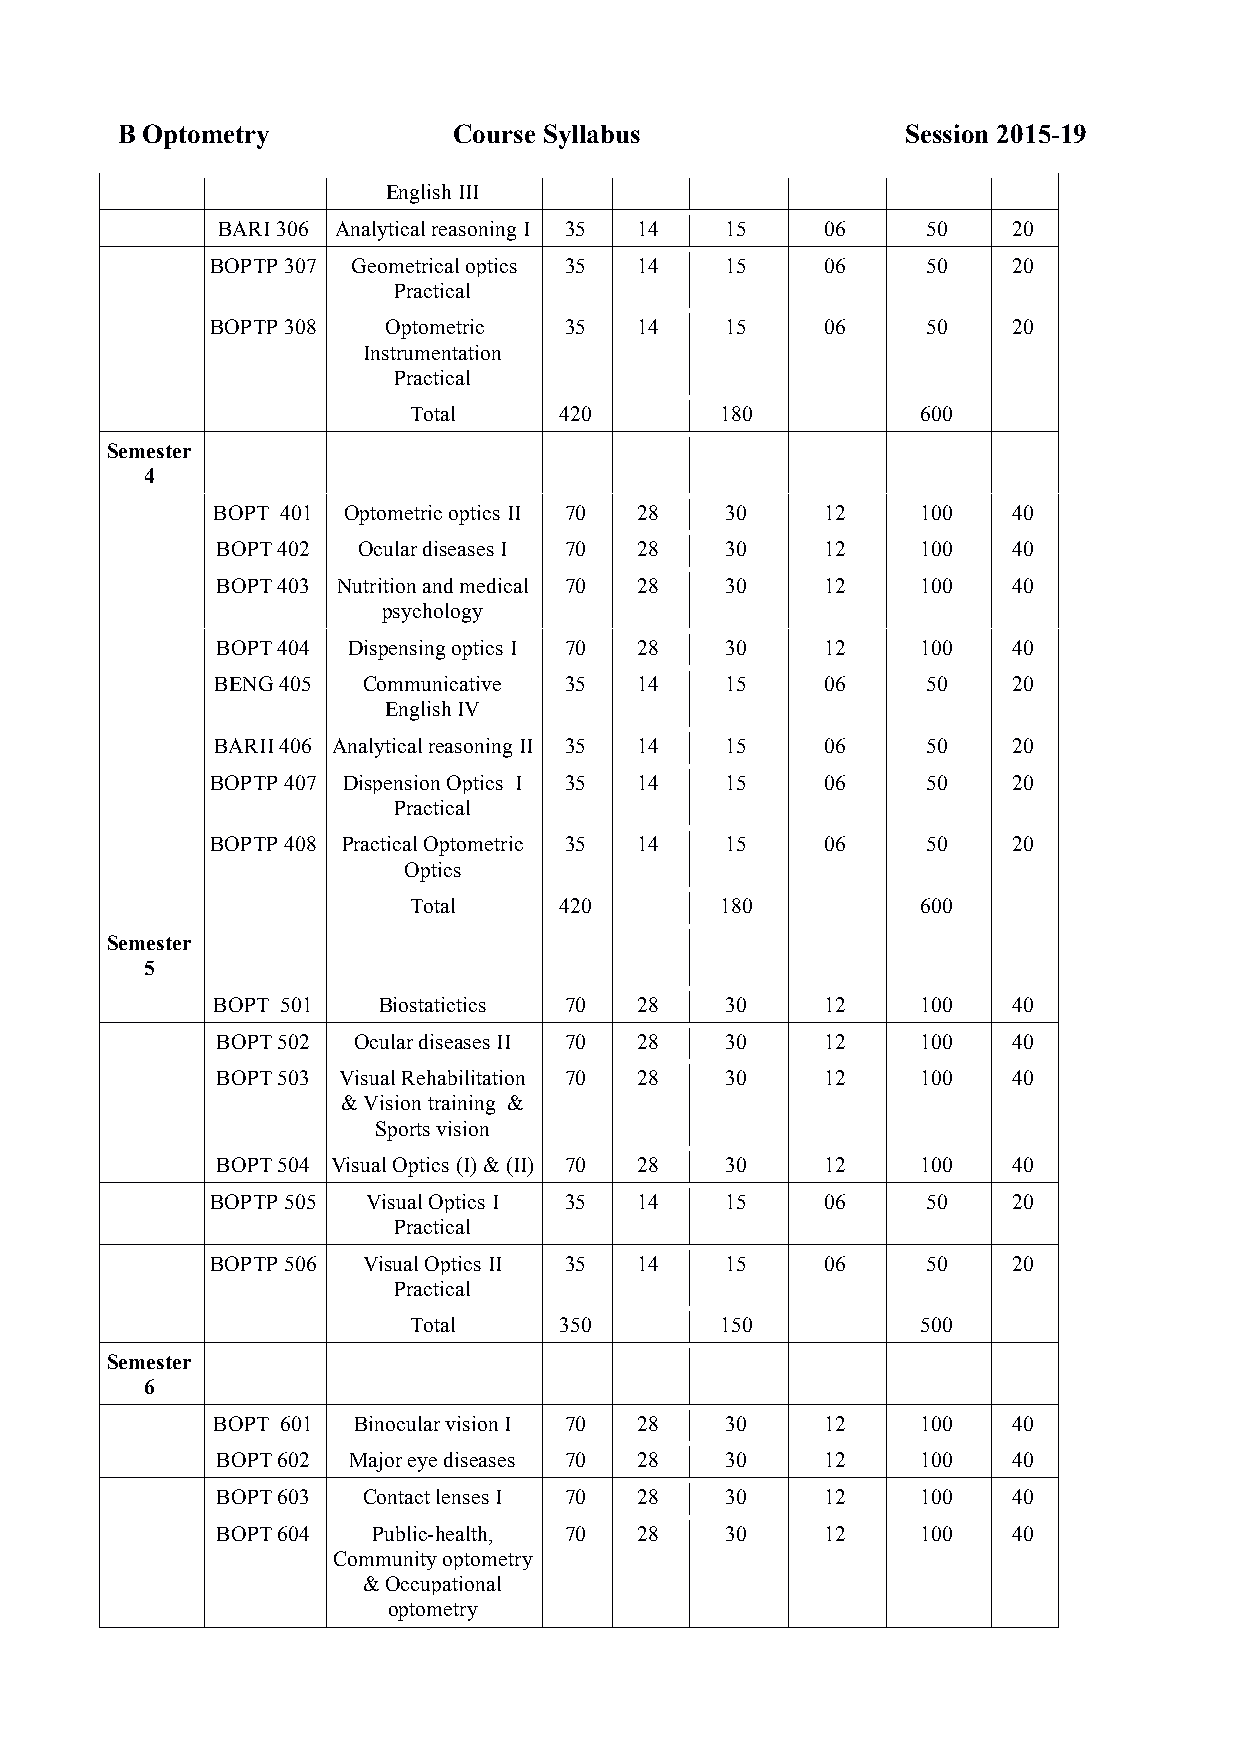
B Optometry           Course Syllabus               Session 2015-19
 English III
 BARI 306 Analytical reasoning I 35 14 15 06    50    20
 BOPTP 307 Geometrical optics 35 14 15    06    50    20
 Practical
 BOPTP 308   Optometric 35   14    15     06    50    20
 Instrumentation
 Practical
 Total     420        180          600
 Semester
 4
 BOPT 401 Optometric optics II 70 28 30   12    100   40
 BOPT 402  Ocular diseases I 70 28 30     12    100   40
 BOPT 403 Nutrition and medical 70 28 30  12    100   40
 psychology
 BOPT 404 Dispensing optics I 70 28 30    12    100   40
 BENG 405  Communicative 35  14    15     06    50    20
 English IV
 BARII 406 Analytical reasoning II 35 14 15 06  50    20
 BOPTP 407 Dispension Optics I 35 14 15   06    50    20
 Practical
 BOPTP 408 Practical Optometric 35 14 15  06    50    20
 Optics
 Total     420        180          600
 Semester
 5
 BOPT 501   Biostatictics 70 28    30     12    100   40
 BOPT 502 Ocular diseases II 70 28 30     12    100   40
 BOPT 503 Visual Rehabilitation 70 28 30  12    100   40
 & Vision training &
 Sports vision
 BOPT 504 Visual Optics (I) & (II) 70 28 30 12  100   40
 BOPTP 505 Visual Optics I 35 14   15     06    50    20
 Practical
 BOPTP 506 Visual Optics II 35 14  15     06    50    20
 Practical
 Total     350        150          500
 Semester
 6
 BOPT 601 Binocular vision I 70 28 30     12    100   40
 BOPT 602 Major eye diseases 70 28 30     12    100   40
 BOPT 603  Contact lenses I 70 28  30     12    100   40
 BOPT 604   Public-health, 70 28   30     12    100   40
 Community optometry
 & Occupational
 optometry